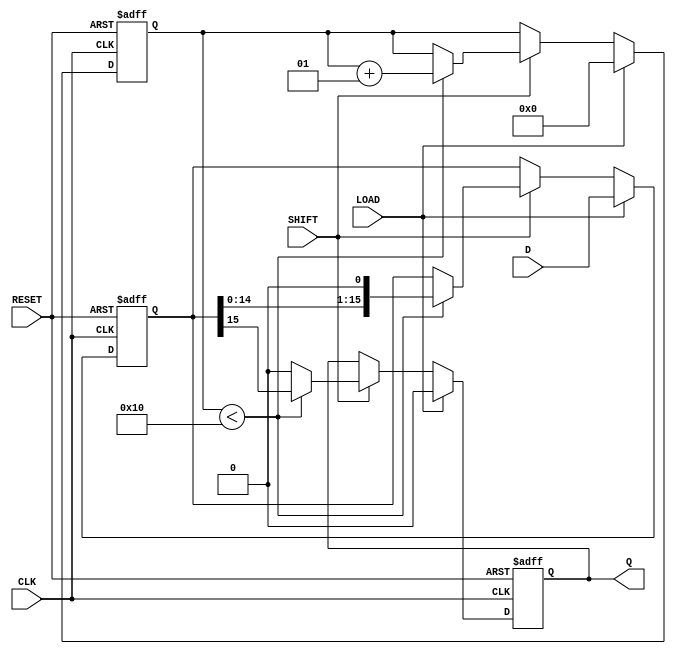
module piso_register (
    input  wire [15:0] D,       // 16-bit parallel data input
    input  wire LOAD,            // Load control signal
    input  wire SHIFT,           // Shift control signal
    input  wire CLK,             // Clock signal
    input  wire RESET,           // Asynchronous reset signal
    output reg  Q               // Serial output
);

reg [15:0] register; // Internal 16-bit register to hold the data
integer count;       // Counter for the number of shifts

always @(posedge CLK or posedge RESET) begin
    if (RESET) begin
        register <= 16'b0;  // Reset the register
        Q <= 1'b0;          // Reset output
        count <= 0;         // Reset shift counter
    end else begin
        if (LOAD) begin
            register <= D;   // Load data into the register
            Q <= 1'b0;       // Output remains unchanged during loading
            count <= 0;      // Reset counter on load
        end else if (SHIFT) begin
            if (count < 16) begin
                Q <= register[15]; // Output MSB
                register <= {register[14:0], 1'b0}; // Shift left
                count <= count + 1; // Increment shift counter
            end else begin
                Q <= 1'b0; // After all bits are shifted out, output Z
            end
        end
    end
end

endmodule